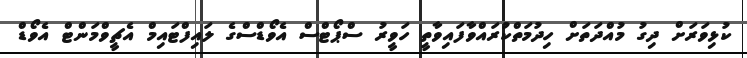
ކުޅިވަރަށް ދިގު މުއްދަތަަށް ހިދުމަތްކުރައްވާފައިވާތީ ހަވީރު ސްޕޯޓްސް އެވޯޑްސްގެ ލައިފްޓައިމް އެޗީވްމަންޓް އެވޯޑް